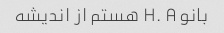
بانو H. A هستم از اندیشه